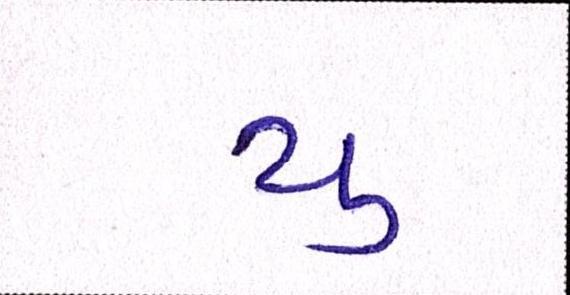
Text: યુ